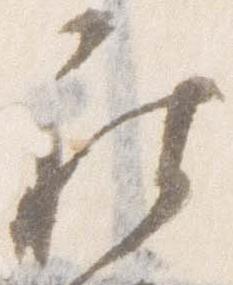
被